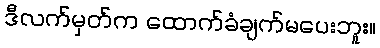
ဒီလက်မှတ်က ထောက်ခံချက်မပေးဘူး။